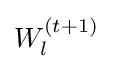
W_{l}^{(t+1)}